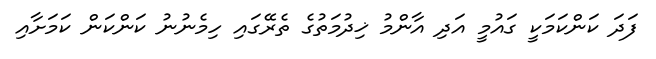
ފަދަ ކަންކަމަކީ ގައުމީ އަދި އާންމު ޚިދުމަތުގެ ތެރޭގައި ހިމެނުނު ކަންކަން ކަމަށާއި